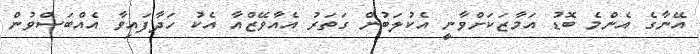
އޭނާގެ އެންމެ ބޮޑު އަމާޒަކަށްވާނީ އެކުލަބުން ގަތަރު އެއާވޭޒްއާ އެކު ހަދާފައިވާ އެއްބަސްވުން